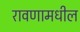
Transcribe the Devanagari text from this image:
रावणामधील